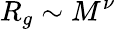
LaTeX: R_{g}\sim M^{\nu}